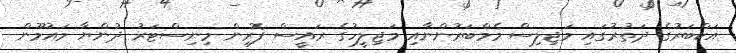
އަކްބަރުގެ ދަތުރުގައި މަޖިލިސް މެމްބަރުންނާއި މަޖިލީހުގެ ރައީސް ފޮރިން މިނިސްޓަރު ދުންޔާ މައުމޫން